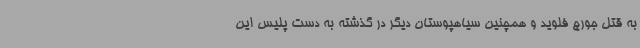
به قتل جورج فلوید و همچنین سیاهپوستان دیگر در گذشته به دست پلیس این